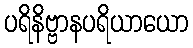
ပရိနိဗ္ဗာနပရိယာယော